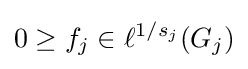
0\geq f_{j}\in \ell ^{1/s_{j}}(G_{j})